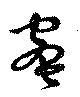
蜜